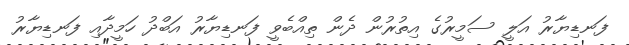
ފަނޑިޔާރު އަލީ ސަމީރުގެ އިތުރުން ދެން ތިއްބެވީ ފަނޑިޔާރު އަބްދު ހަމީދާއި ފަނޑިޔާރު